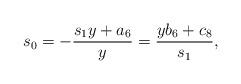
LaTeX: \begin{align*}s_0 = - \frac{s_1 y + a_6}{y} = \frac{y b_6 + c_8}{s_1},\end{align*}